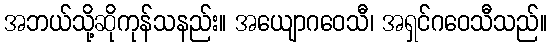
အဘယ်သို့ဆိုကုန်သနည်း။ အယျောဂဝေသီ၊ အရှင်ဂဝေသီသည်။